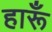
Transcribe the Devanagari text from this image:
हारूँ